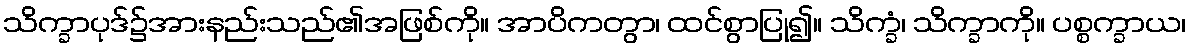
သိက္ခာပုဒ်၌အားနည်းသည်၏အဖြစ်ကို။ အာပိကတွာ၊ ထင်စွာပြု၍။ သိက္ခံ၊ သိက္ခာကို။ ပစ္စက္ခာယ၊